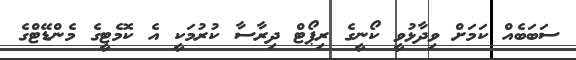
ސަބަބެއް ކަމަށް ވިދާޅުވީ ކޯނީގެ ރިޕޯޓް ދިރާސާ ކުރުމަކީ އެ ކޮމެޓީގެ މެންޑޭޓްގެ